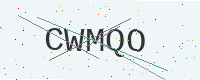
Text: CWMQO